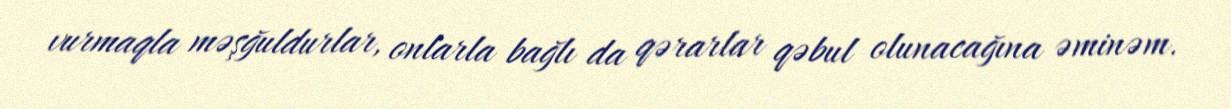
vurmaqla məşğuldurlar, onlarla bağlı da qərarlar qəbul olunacağına əminəm.